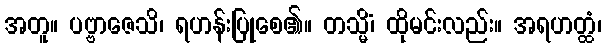
အတူ။ ပဗ္ဗာဇေသိ၊ ရဟန်းပြုစေ၏။ တသ္မိံ၊ ထိုမင်းလည်း။ အရဟတ္ထံ၊